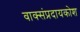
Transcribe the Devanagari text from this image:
वाक्संप्रदायकोश